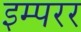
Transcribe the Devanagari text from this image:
इम्परर